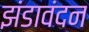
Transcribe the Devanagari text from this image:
झंडावंदन